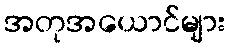
အတုအယောင်များ